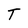
Character: T